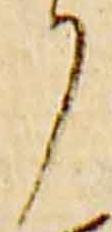
了